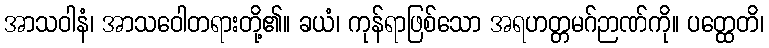
အာသဝါနံ၊ အာသဝေါတရားတို့၏။ ခယံ၊ ကုန်ရာဖြစ်သော အရဟတ္တမဂ်ဉာဏ်ကို။ ပတ္ထေတိ၊